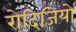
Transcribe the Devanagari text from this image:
रोदिजियो